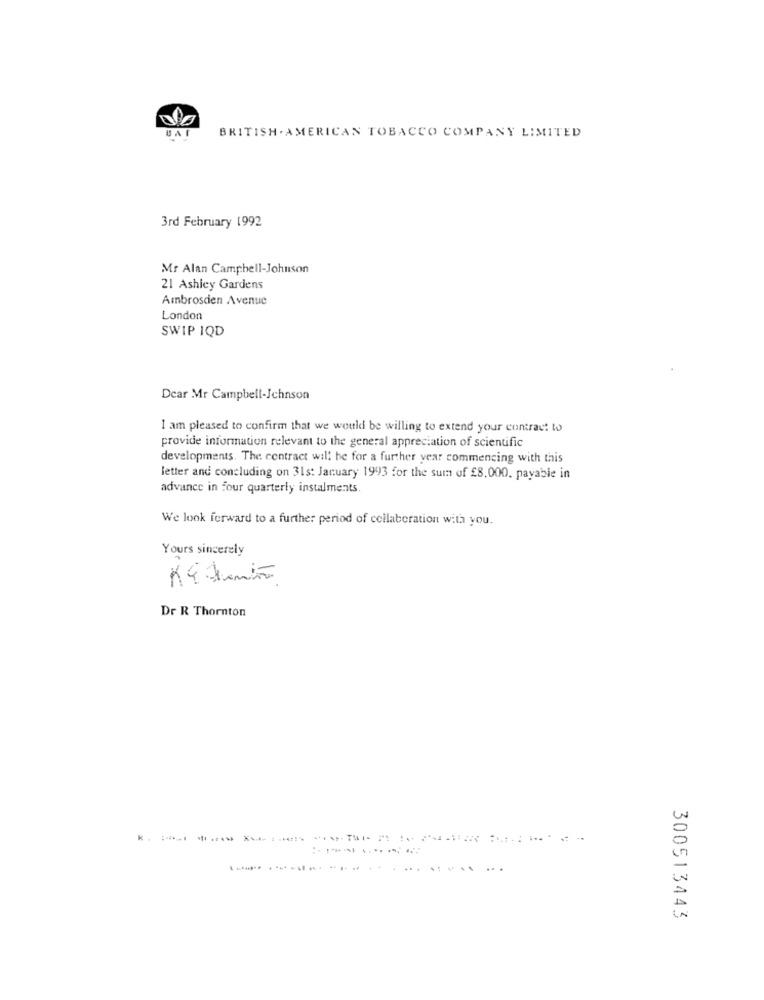
BAT
BRITISH . AMERICAN TOBACCO COMPANY LIMITED
3rd February 1992
Mr Alan Campbell-Johnson
21 Ashley Gardens
Ambrosden Avenue
London
SWIP IQD
Dear Mr Campbell-Johnson
I am pleased to confirm that we would be willing to extend your contract to
provide information relevant to the general appreciation of scientific
developments. The contract will be for a further year commencing with this
letter and concluding on 31s: January 1993 for the sum of £8,000, payable in
advance in four quarterly instalments.
We look forward to a further period of collaboration with you.
Yours sincerely
Dr R Thornton
..
.. ..
300513443